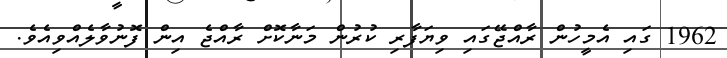
1962 ގައި އެމީހުން ރާއްޖޭގައި ވިޔަފާރި ކުރުން މަނާކޮށް ރާއްޖެ އިން ފޮނުވާލެއްވިއެވެ.